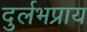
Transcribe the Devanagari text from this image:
दुर्लभप्राय